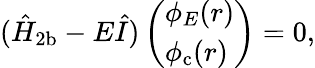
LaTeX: (\hat{H}_{\mathrm{2b}}-E\hat{I})\left(\begin{array}{l}{\phi_{E}(r)}\\ {\phi_{\mathrm{c}}(r)}\end{array}\right)=0,